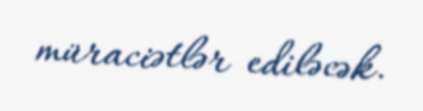
müraciətlər ediləcək.